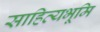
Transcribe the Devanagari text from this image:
साहित्यभूमि